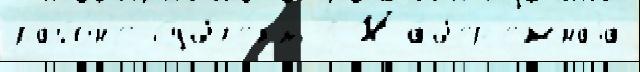
райо́н'е Субъе́кт 3 На́б'ер'ежнаjа